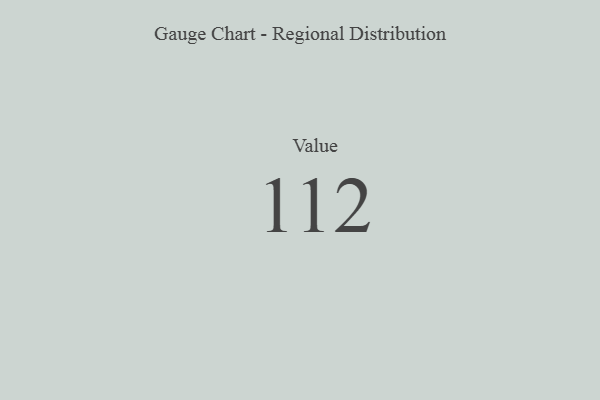
{"axis": {"x": "Metric", "y": "Value"}, "legend": [""], "data": [{"x": "Value", "y": 112, "type": ""}]}